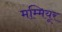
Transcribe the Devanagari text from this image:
मम्मियूर